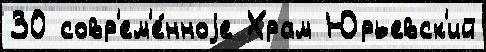
30 совр'ем'е́нноjе Храм Юрьевск'ий